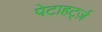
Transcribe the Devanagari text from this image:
पेटाहर्ट्ज़